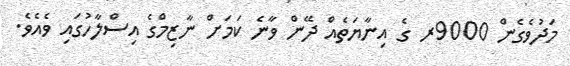
މަދުވެގެން 9000ރ ގެ އިނާޔަތެއް ދޭން ވާނެ ކަމަށް ނާޒިމްގެ އިސްލާހުގައި ވެއެވެ.